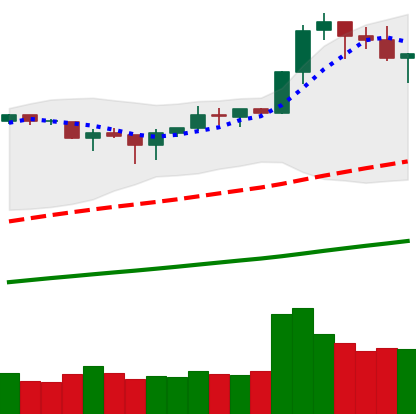
Ticker: BNB-USD
Chart end date: 2019-04-24
Forward return: -6.157%
Label: down_5_7